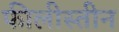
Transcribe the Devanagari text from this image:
फीलीस्तीन